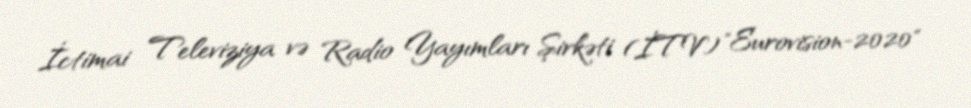
İctimai Televiziya və Radio Yayımları Şirkəti (İTV) "Eurovision-2020"